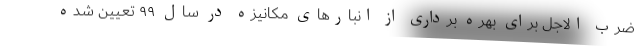
ضرب الاجل برای بهره برداری از انبارهای مکانیزه در سال ۹۹ تعیین شده